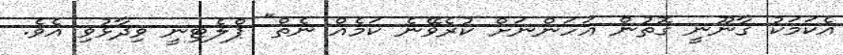
އެކަމަކު ގާނޫނީ ގޮތުން އަހަންނަށް ކުރެވޭނެ ކަމެއް ނެތް" ޕްލެޓިނީ ވިދާޅުވި އެވެ.